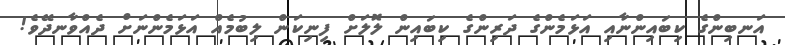
އަނބިންގެ ކިބައިންނާއި އަޅަމެންގެ ދަރިންގެ ކިބައިން ލޮލަށް ފިނިކަން ލިބުމެއް އަޅަމެންނަށް ދެއްވާނދޭވެ!